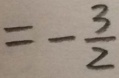
= - \frac { 3 } { 2 }